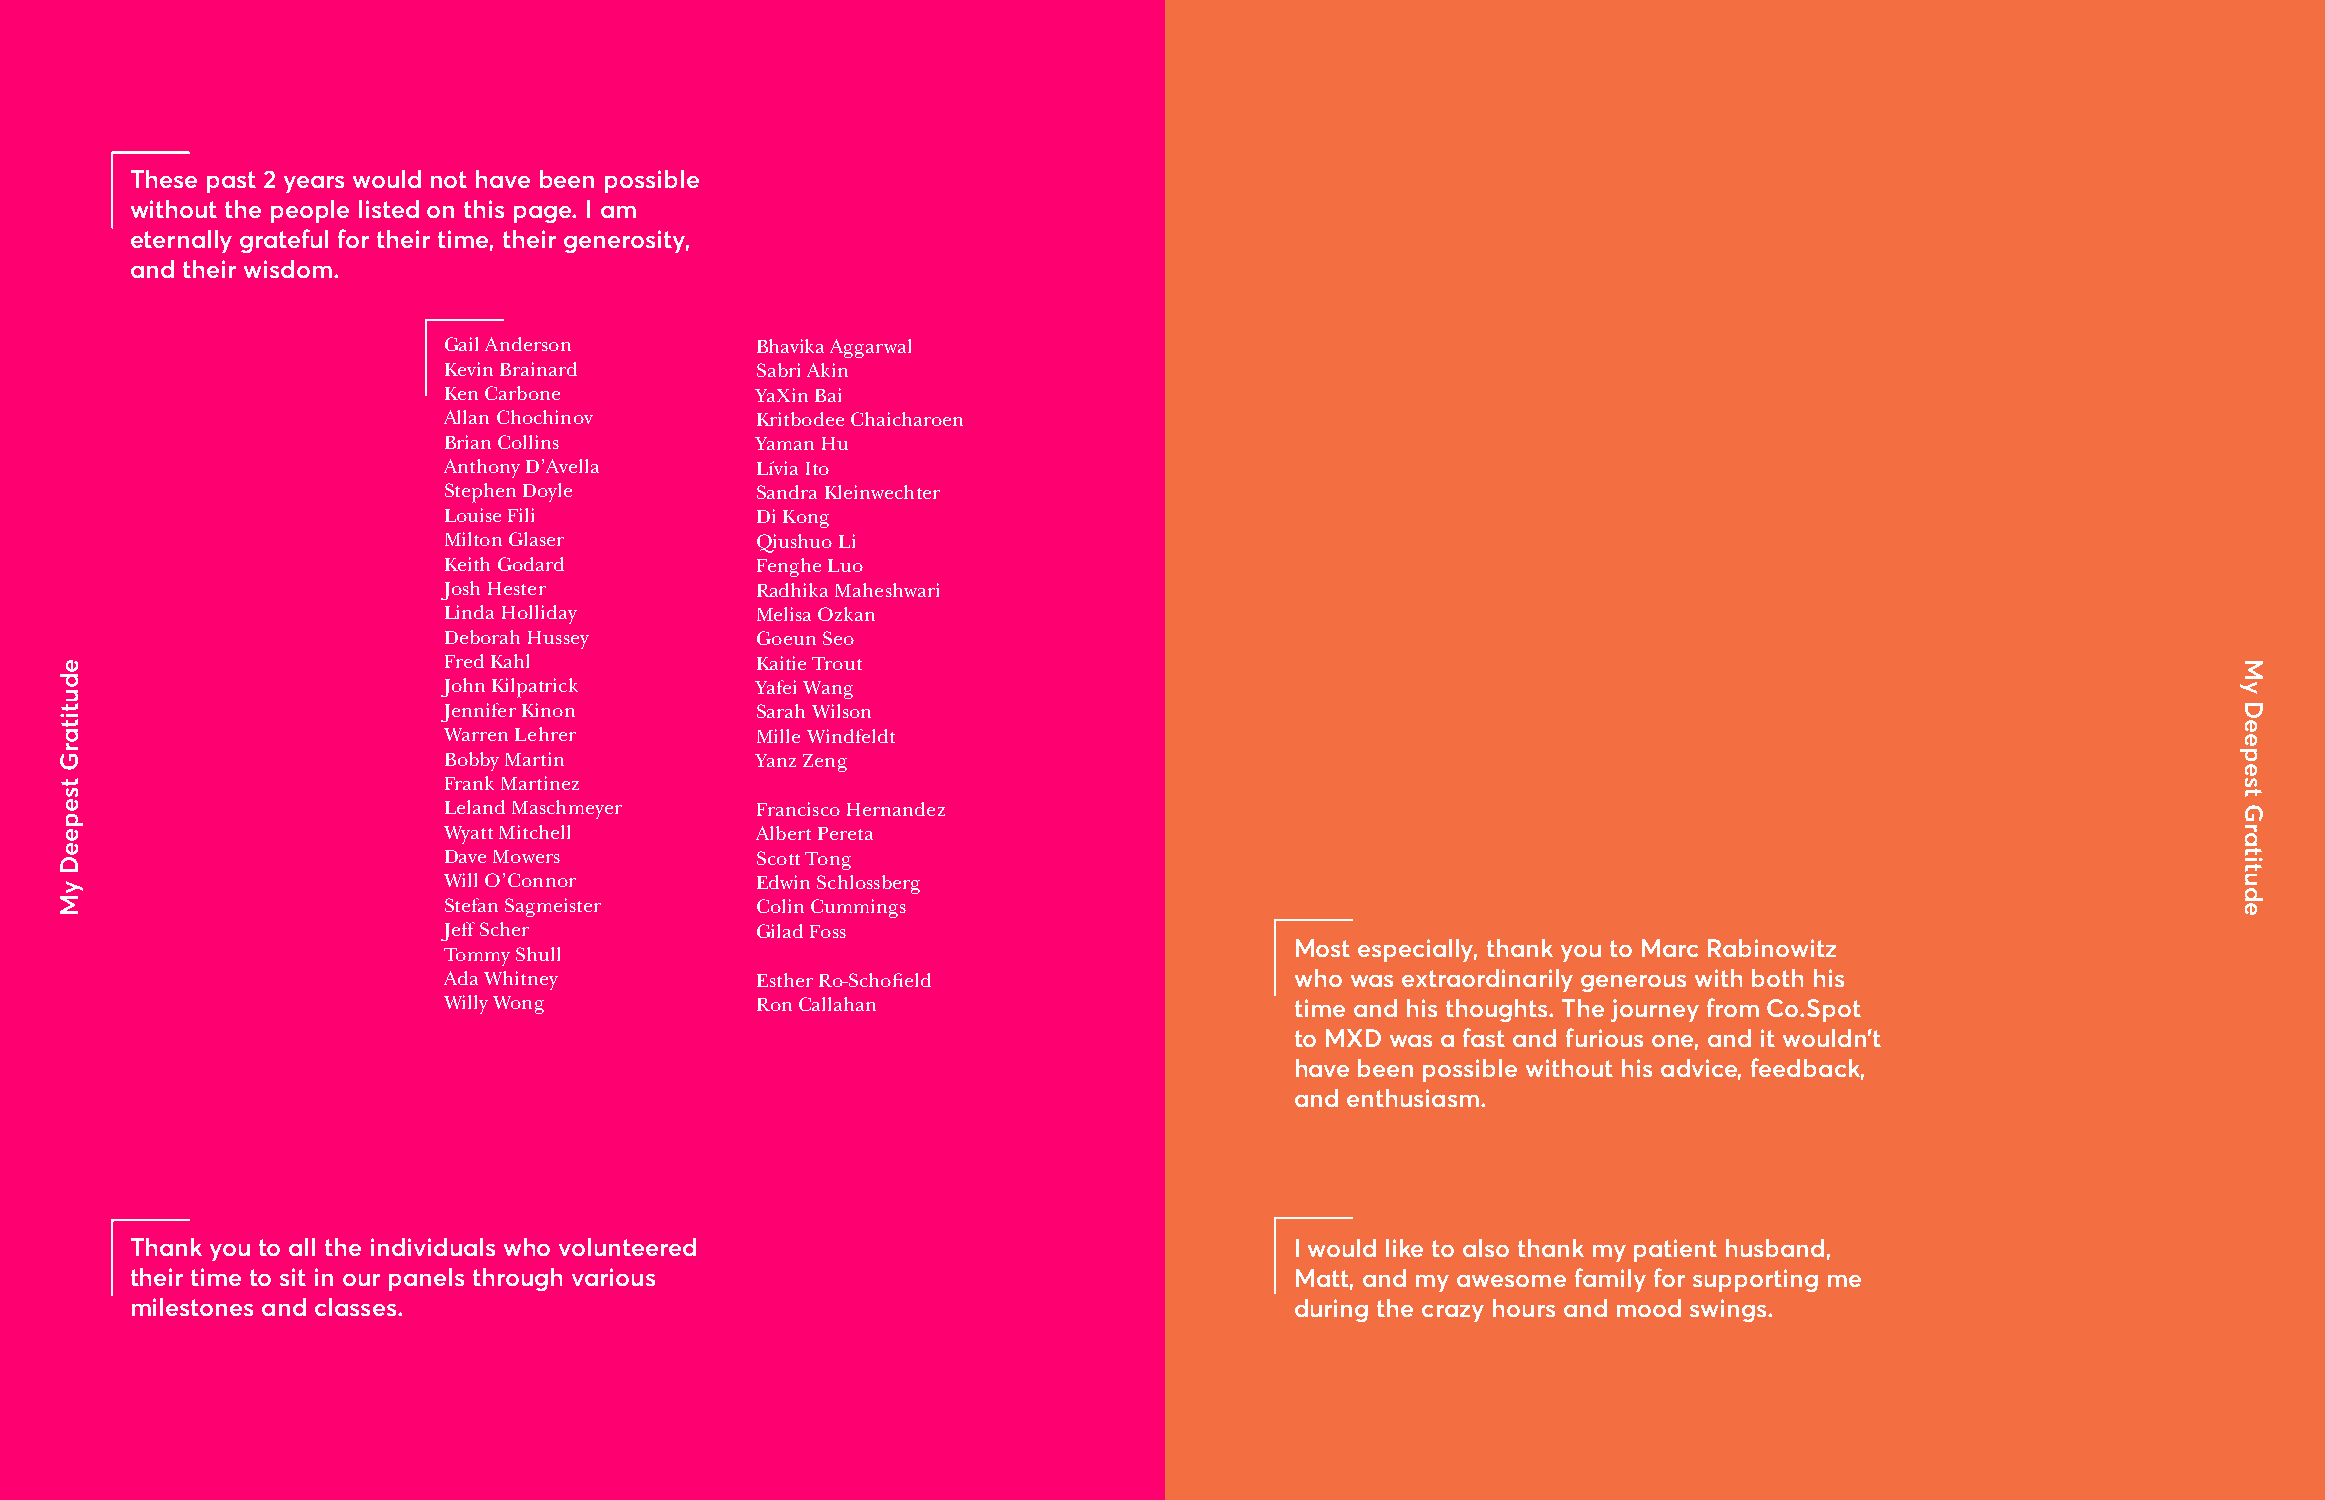
These past 2 years would not have been possible
 without the people listed on this page. I am
 eternally grateful for their time, their generosity,
 and their wisdom.
 Gail Anderson        Bhavika Aggarwal
 Kevin Brainard       Sabri Akin
 Ken Carbone          YaXin Bai
 Allan Chochinov      Kritbodee Chaicharoen
 Brian Collins        Yaman Hu
 Anthony D’Avella     Lívia Ito
 Stephen Doyle        Sandra Kleinwechter
 Louise Fili          Di Kong
 Milton Glaser        Qiushuo Li
 Keith Godard         Fenghe Luo
 Josh Hester          Radhika Maheshwari
 Linda Holliday       Melisa Ozkan
 Deborah Hussey       Goeun Seo
 Fred Kahl            Kaitie Trout
 John Kilpatrick      Yafei Wang
 Jennifer Kinon       Sarah Wilson
 Warren Lehrer        Mille Windfeldt
 Bobby Martin         Yanz Zeng
 Frank Martinez
 Leland Maschmeyer    Francisco Hernandez
 Wyatt Mitchell       Albert Pereta
 Dave Mowers          Scott Tong
 Will O’Connor        Edwin Schlossberg
 Stefan Sagmeister    Colin Cummings
 Jeff Scher           Gilad Foss
 Most especially, thank you to Marc Rabinowitz
 Tommy Shull
 Ada Whitney          Esther Ro-Schofield                 who was extraordinarily generous with both his
 Willy Wong           Ron Callahan                        time and his thoughts. The journey from Co.Spot
 to MXD was a fast and furious one, and it wouldn’t
 have been possible without his advice, feedback,
 and enthusiasm.
 Thank you to all the individuals who volunteered                             I would like to also thank my patient husband,
 their time to sit in our panels through various                              Matt, and my awesome family for supporting me
 milestones and classes.                                                      during the crazy hours and mood swings.
 edutitarG
 tsepeeD
 yM
 My
 Deepest
 Gratitude